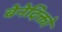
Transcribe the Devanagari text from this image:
बेनेदिक्तो